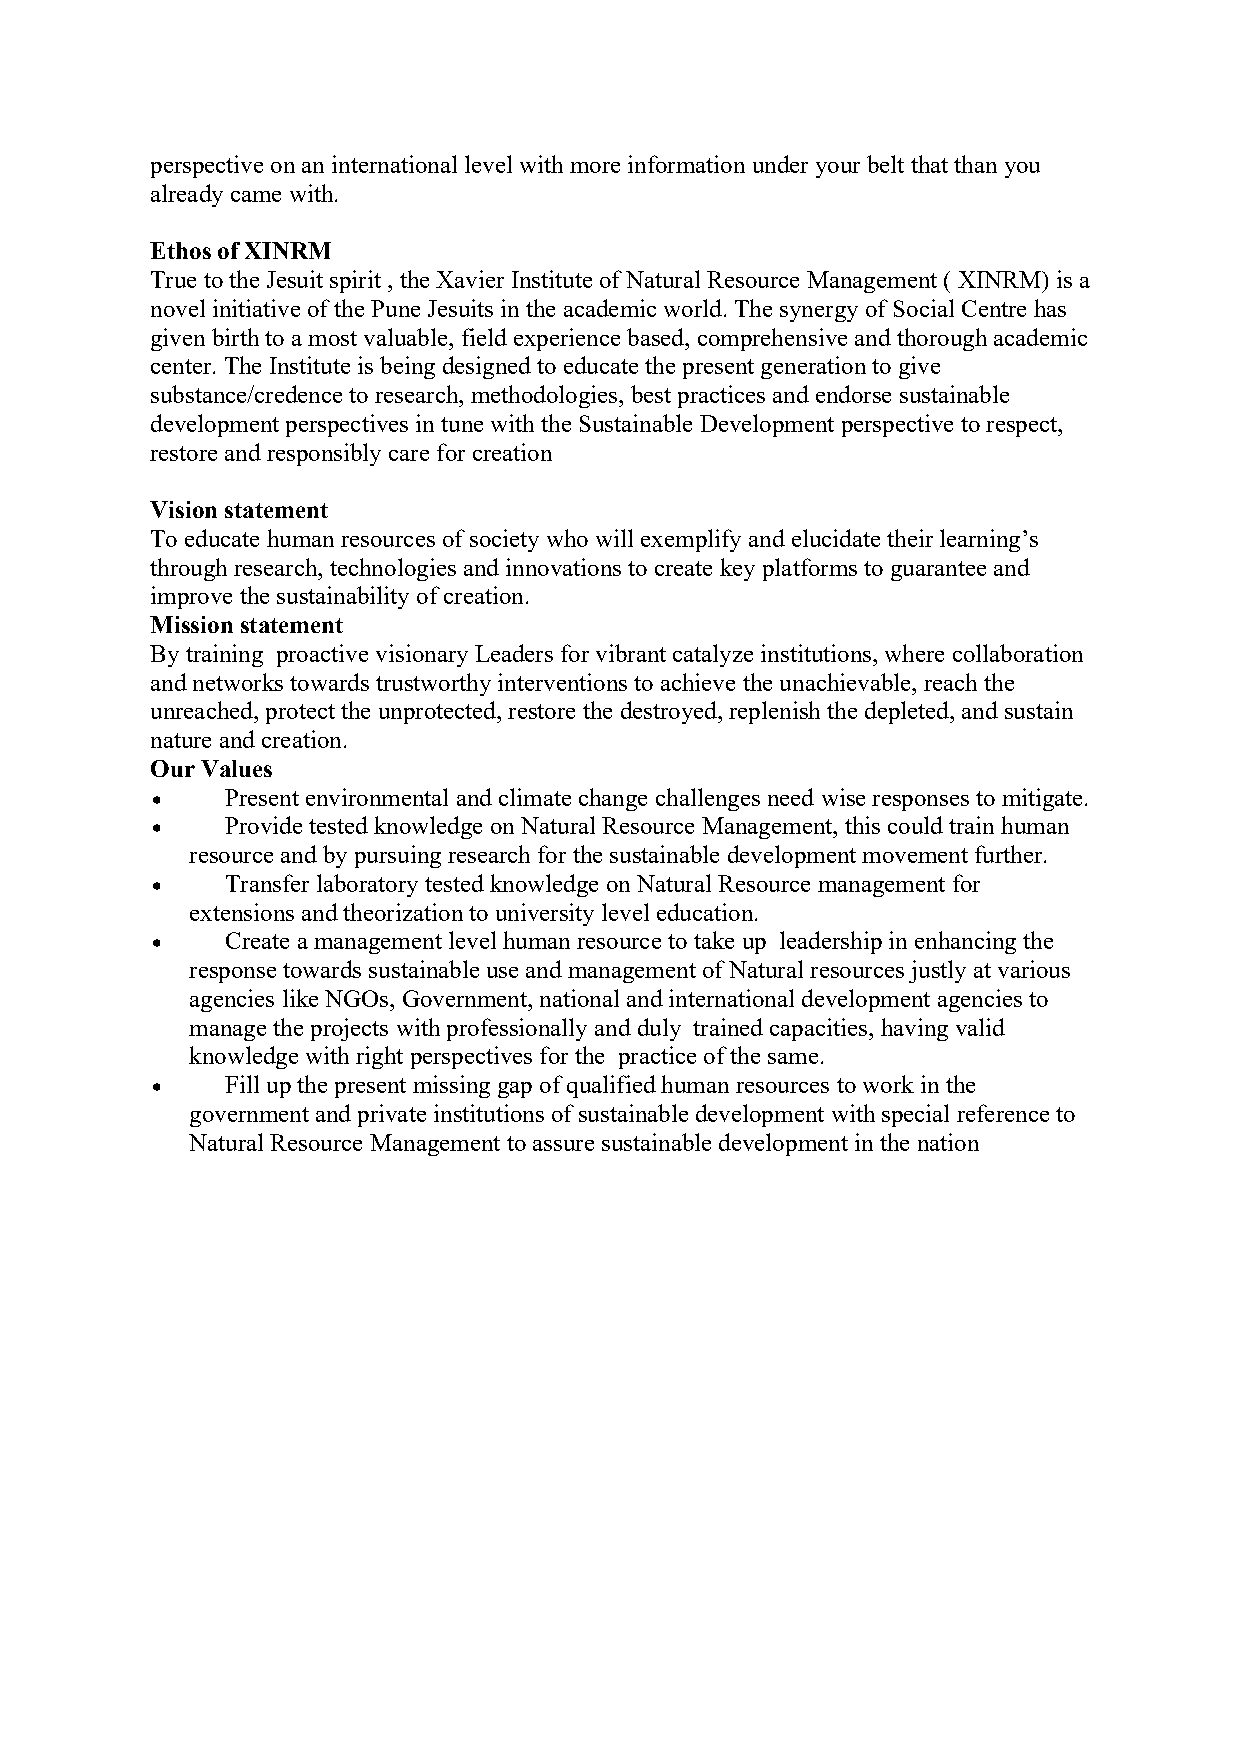
perspectiveonan international level with moreinformation underyour belt that than you
 already came with.
 EthosofXINRM
 True totheJesuit spirit ,theXavier InstituteofNatural Resource Management ( XINRM)is a
 novel initiativeof thePuneJesuits inthe academicworld. The synergy of Social Centrehas
 given birth to amostvaluable, field experiencebased, comprehensiveand thorough academic
 center. The Instituteis being designed toeducate thepresent generation to give
 substance/credence toresearch, methodologies, best practices and endorse sustainable
 development perspectives intunewith theSustainable Development perspectivetorespect,
 restore and responsibly care forcreation
 Visionstatement
 To educate humanresources ofsociety who willexemplify and elucidate theirlearning’s
 through research, technologies and innovationstocreate key platforms toguarantee and
 improvethesustainabilityof creation.
 Missionstatement
 By training proactive visionary Leaders for vibrant catalyzeinstitutions, where collaboration
 and networks towards trustworthy interventions toachieve theunachievable, reach the
 unreached, protect theunprotected, restore thedestroyed, replenish thedepleted, and sustain
 nature and creation.
 OurValues
     Present environmental and climatechange challenges need wiseresponses tomitigate.
     Providetested knowledge onNatural Resource Management, thiscouldtrain human
 resource and bypursuing research for thesustainable development movement further.
     Transferlaboratory testedknowledge onNatural Resource management for
 extensions andtheorizationtouniversity level education.
     Create amanagement level human resource to takeup leadership in enhancing the
 responsetowards sustainableuseand management ofNatural resources justly at various
 agencies likeNGOs, Government, national and international development agencies to
 managethe projects with professionally and duly trained capacities, having valid
 knowledgewith right perspectives for the practiceof thesame.
     Fill upthepresent missing gap of qualified human resources to work in the
 government andprivate institutions ofsustainabledevelopment withspecial reference to
 Natural Resource Management toassure sustainabledevelopment in thenation